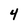
Character: 4